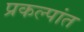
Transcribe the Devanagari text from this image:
प्रकल्पांत